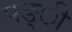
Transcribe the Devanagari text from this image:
पङ्ी